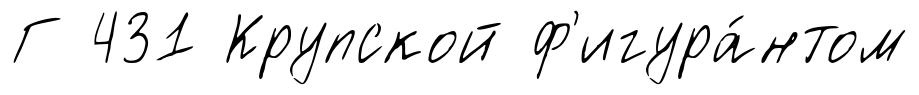
Г 431 Крупской ф'игура́нтом